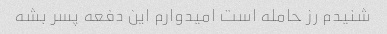
شنیدم رز حامله است امیدوارم این دفعه پسر بشه